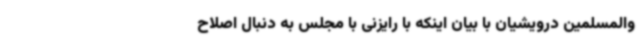
والمسلمین درویشیان با بیان اینکه با رایزنی با مجلس به دنبال اصلاح